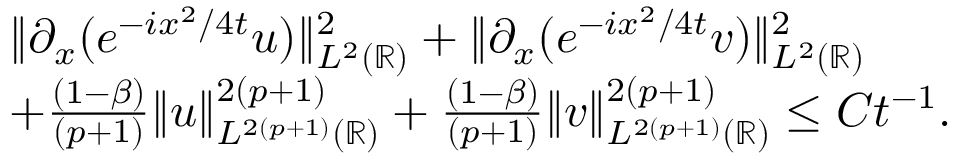
\begin{array} { r l } & { \| \partial _ { x } ( e ^ { - i x ^ { 2 } / 4 t } u ) \| _ { L ^ { 2 } ( \mathbb { R } ) } ^ { 2 } + \| \partial _ { x } ( e ^ { - i x ^ { 2 } / 4 t } v ) \| _ { L ^ { 2 } ( \mathbb { R } ) } ^ { 2 } } \\ & { + \frac { ( 1 - \beta ) } { ( p + 1 ) } \| u \| _ { L ^ { 2 ( p + 1 ) } ( \mathbb { R } ) } ^ { 2 ( p + 1 ) } + \frac { ( 1 - \beta ) } { ( p + 1 ) } \| v \| _ { L ^ { 2 ( p + 1 ) } ( \mathbb { R } ) } ^ { 2 ( p + 1 ) } \leq C t ^ { - 1 } . } \end{array}